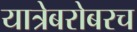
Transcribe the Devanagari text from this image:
यात्रेबरोबरच